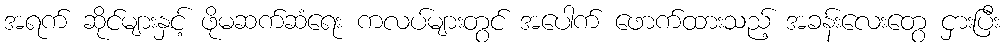
အရက် ဆိုင်များနှင့် ဖိုမဆက်ဆံရေး ကလပ်များတွင် အပေါက် ဖောက်ထားသည့် အခန်းလေးတွေ ငှားပြီး